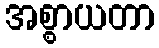
အစ္စာယတာ